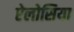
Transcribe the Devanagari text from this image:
ऐलोसिया